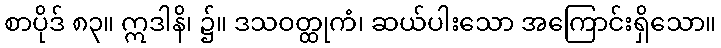
စာပိုဒ် ၈၃။ ဣဒါနိ၊ ၌။ ဒသဝတ္ထုကံ၊ ဆယ်ပါးသော အကြောင်းရှိသော။